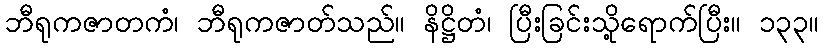
ဘီရုကဇာတကံ၊ ဘီရုကဇာတ်သည်။ နိဋ္ဌိတံ၊ ပြီးခြင်းသို့ရောက်ပြီး။ ၁၃၃။